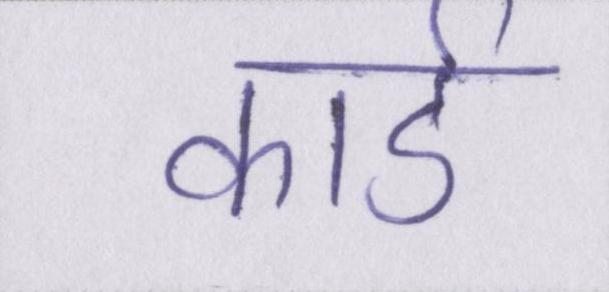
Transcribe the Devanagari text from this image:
कार्ड